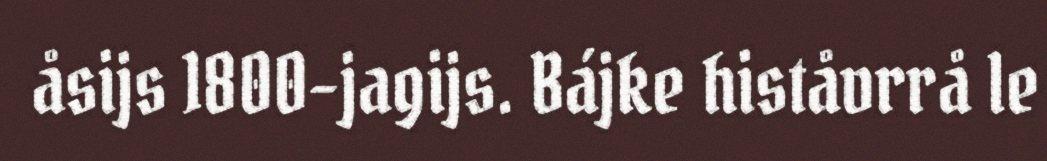
åsijs 1800-jagijs. Bájke histåvrrå le